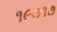
૧૯૭૧૭